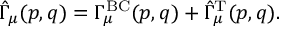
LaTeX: \hat { \Gamma } _ { \mu } ( p , q ) = \Gamma _ { \mu } ^ { \mathrm { B C } } ( p , q ) + \hat { \Gamma } _ { \mu } ^ { \mathrm { T } } ( p , q ) .